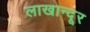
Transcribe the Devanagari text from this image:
लाखान्दूर